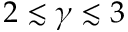
2 \lesssim \gamma \lesssim 3